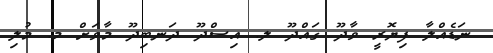
ނަޑެއްލާ ފިޔޮރީ ވާދޫ ގައްދޫ ލ. އިސްދޫ ދަނބިދޫ މާވަށް މ. މުލި